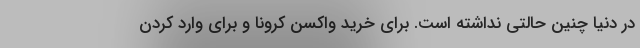
در دنیا چنین حالتی نداشته است. برای خرید واکسن کرونا و برای وارد کردن